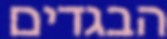
הבגדים